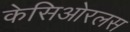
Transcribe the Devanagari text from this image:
केसिओरलस